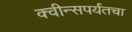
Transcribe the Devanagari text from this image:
क्वीन्सपर्यंतचा